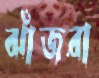
ঝাঁজরা